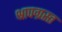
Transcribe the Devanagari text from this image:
श्रापग्रस्त